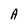
Character: A